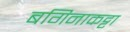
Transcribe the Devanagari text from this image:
बगिनाकट्टा